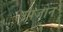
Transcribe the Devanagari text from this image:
उपजोन